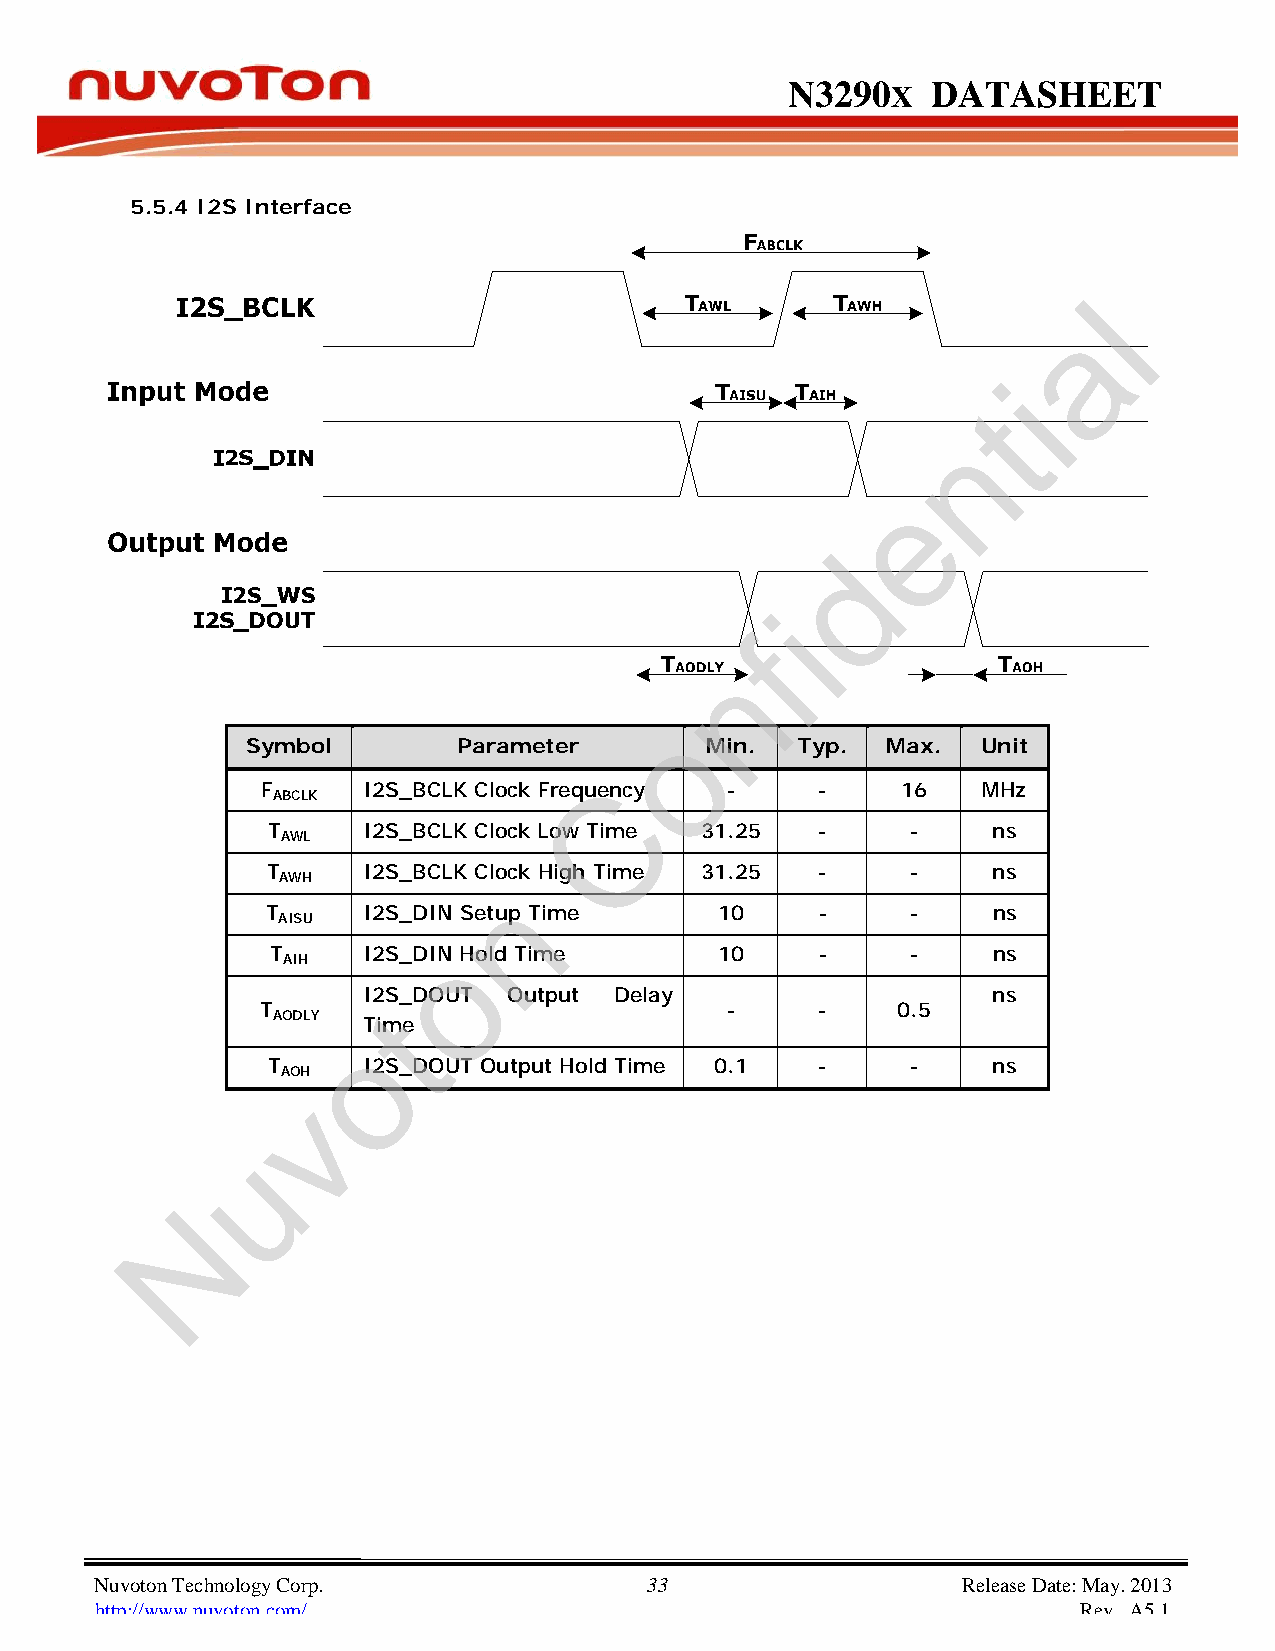
N3290      X DATASHEET
 5.5.4 I2S Interface
 l
 a
 i
 t
 n
 e
 d
 i
 f
 n
 o
 Symbol        Parameter        Min.  Typ.  Max.  Unit
 C
 F    I2S_BCLK Clock Frequency - - 16 MHz
 ABCLK
 T  I2S_BCLK Clock Low Time 31.25    - - ns
 AWL
 T  I2S_BCLK Clock High Time 31.25   - - ns
 AWH            n
 T  I2S_DIN Setup Time 10 - - ns
 AISU
 o
 T  I2S_DIN Hold Time 10 - - ns
 AIH
 I2S_DOUT Output Delay                     ns
 t
 T                              - - 0.5
 AODLY Time
 o
 T  I2S_DOUT Output Hold Time 0.1 - - ns
 AOH
 v
 u
 N
 Nuvoton Technology Corp. 33                               Release Date: May. 2013
 http://www.nuvoton.com/                                           Rev. A5.1